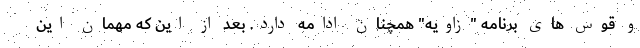
و قوس های برنامه "زاویه" همچنان ادامه دارد. بعد از این که مهمان این